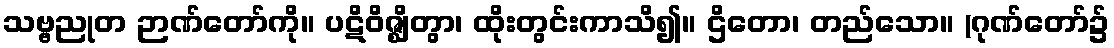
သဗ္ဗညုတ ဉာဏ်တော်ကို။ ပဋိဝိဇ္ဈိတွာ၊ ထိုးတွင်းကာသိ၍။ ဌိတော၊ တည်သော။ (ဂုဏ်တော်၌